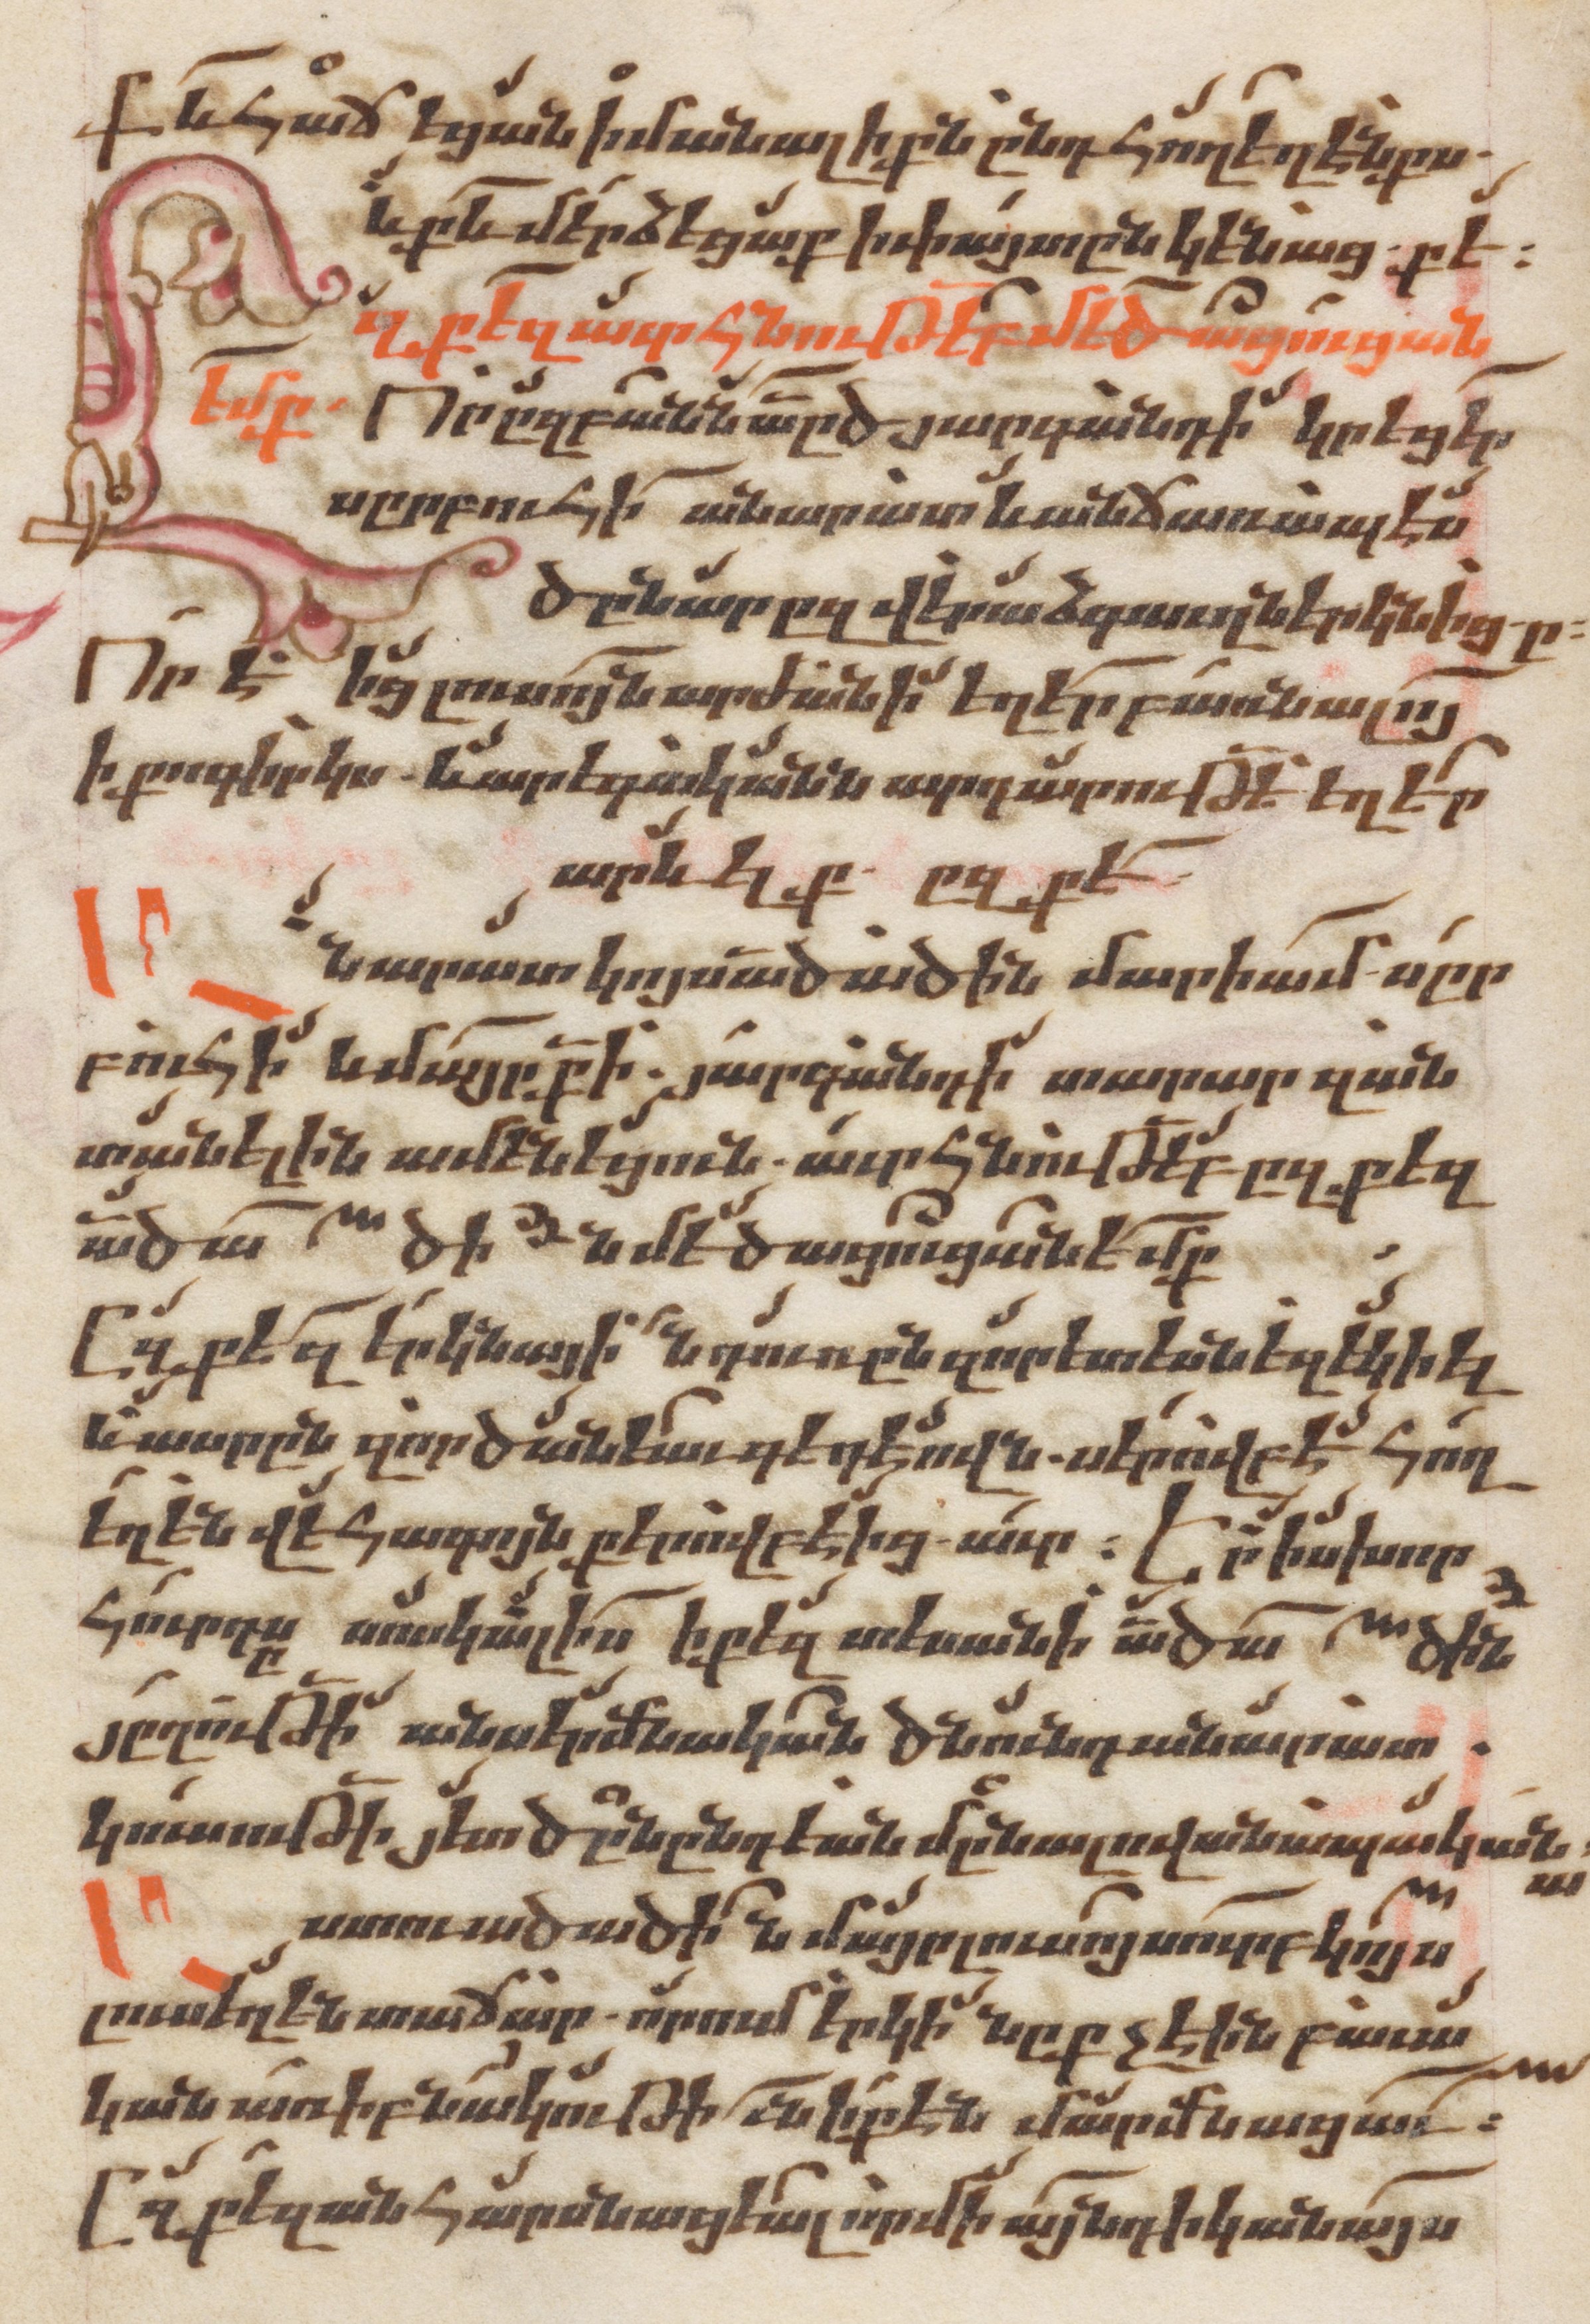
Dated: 1662–1662